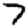
Digit: 7